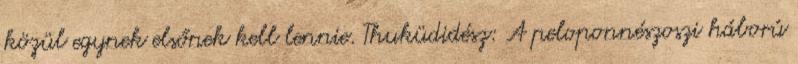
közül egynek elsőnek kell lennie. Thuküdidész: A peloponnészoszi háború